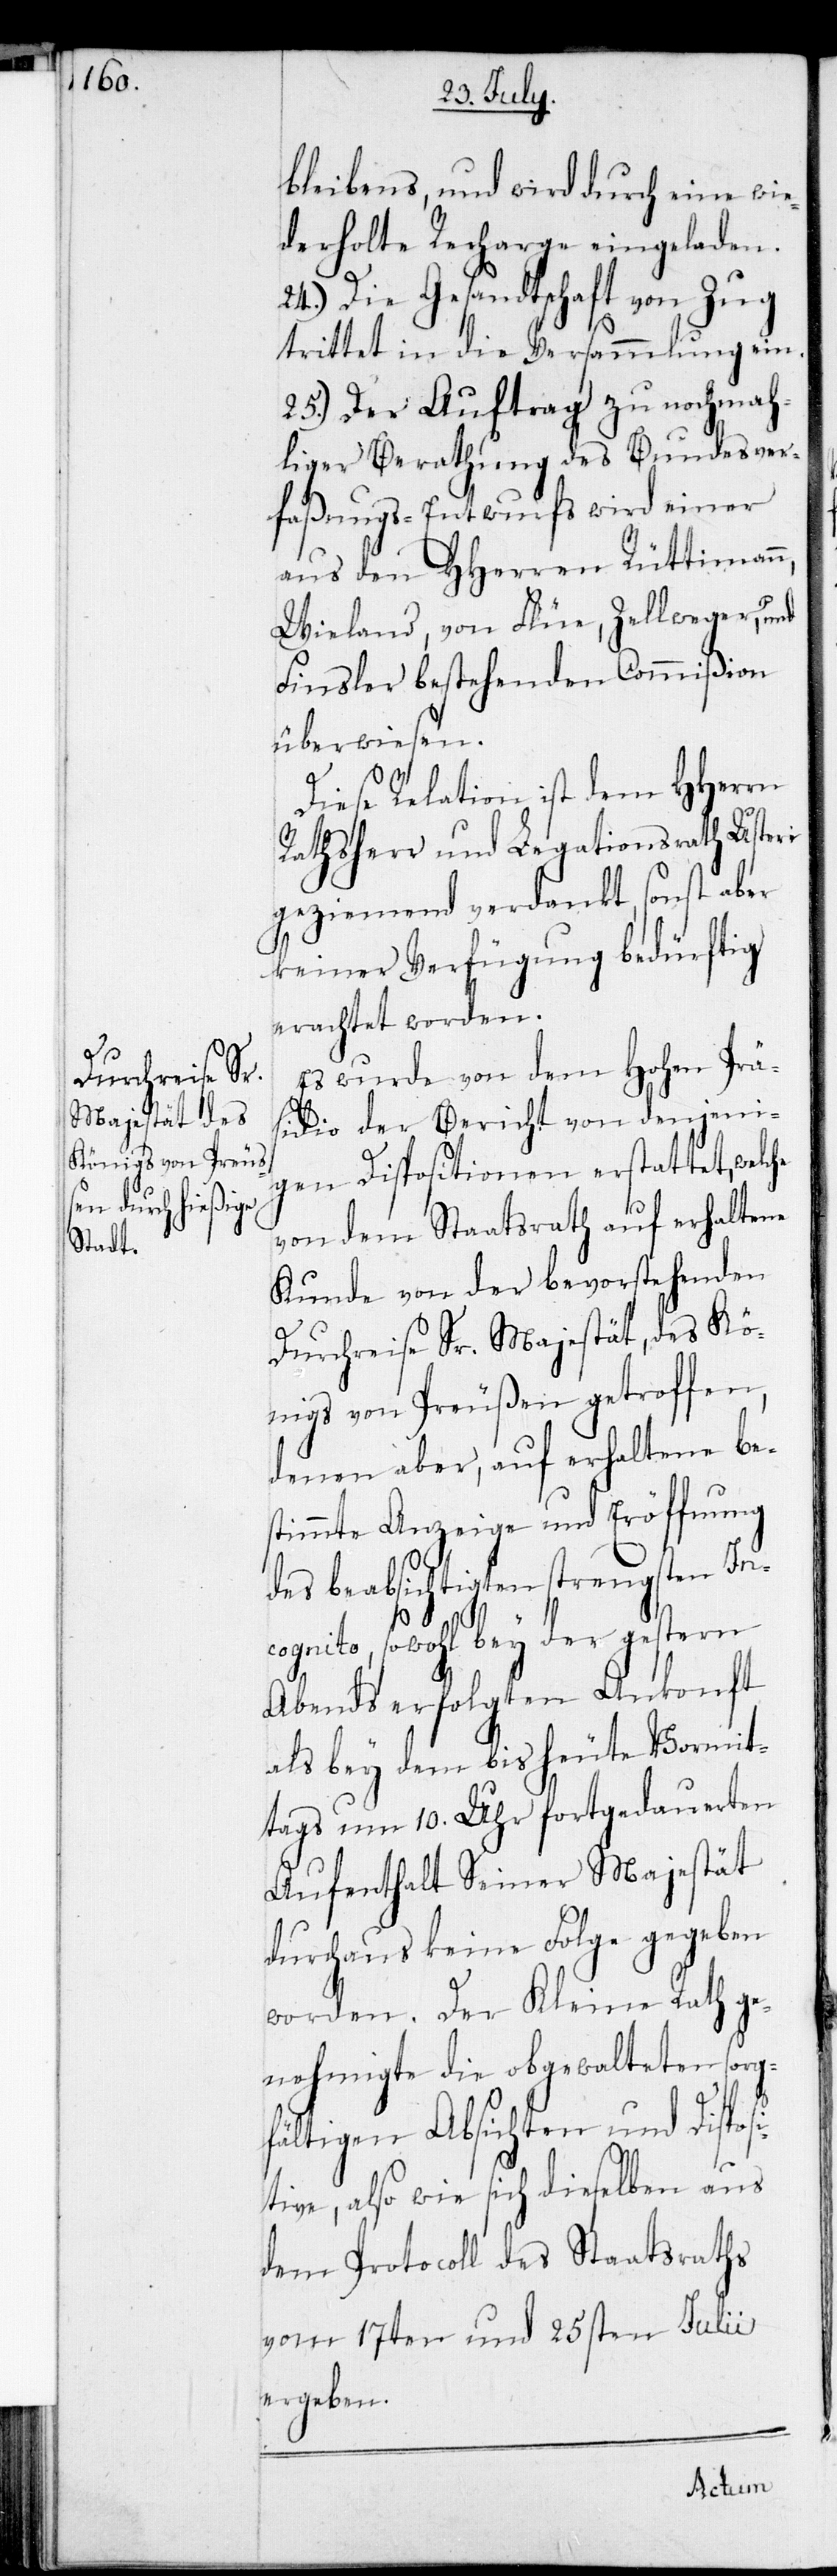
bleibens, und wird durch wie¬
derholte Recharge eingeladen.
24.) Die Gesandtschaft von Zug
trittet in die Versammlung ein.
25.) Der Auftrag zu nochmah¬
liger Berathung des Bundesver¬
faßungs-Entwurfs wird einer
aus den HHerren Rüttimann,
Wieland, von Flüe, Zellweger, und
Finsler bestehenden Commißion
überwiesen.
Diese Relation ist dem HHerrn
Rathsherr und Legationsrath Usteri
geziemend verdankt, sonst aber
keiner Verfügung bedürftig
erachtet worden.
Es wurde von dem Hohen Prä¬
sidio der Bericht von denjeni¬
gen Dispositionen erstattet, welche
von dem Staatsrath auf erhaltene
Kunde von der bevorstehenden
Durchreise Sr. Majestät, des Kö¬
nigs von Preußen getroffen,
denen aber, auf erhaltene be¬
stimmte Anzeige und Eröffnung
des beabsichtigten strengsten In¬
cognito, sowohl bey der gestern
Abend erfolgten Ankonft
als bey dem bis heute Vormit¬
tags um 10. Uhr fortgedauerten
Aufenthalt Seiner Majestät
durchaus keine Folge gegeben
worden. Der Kleine Rath ge¬
nehmigte die obgewalteten sorg¬
fältigen Absichten und Dispos¬
itive, also wie sich dieselben aus
dem Protocoll des Staatsraths
vom 17ten und 25sten Julii
ergeben.